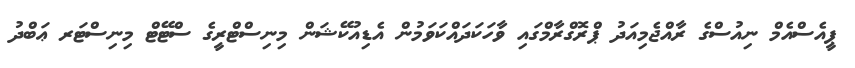
ޕީއެސްއެމް ނިއުސްގެ ރާއްޖެމިއަދު ޕްރޮގްރާމްގައި ވާހަކަދައްކަވަމުން އެޑިއުކޭޝަން މިނިސްޓްރީގެ ސްޓޭޓް މިނިސްޓަރ ޢަބްދު